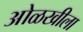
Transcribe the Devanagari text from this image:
ओळखीला